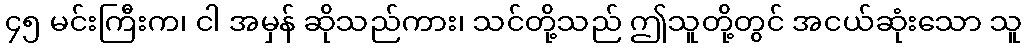
၄၅ မင်းကြီးက၊ ငါ အမှန် ဆိုသည်ကား၊ သင်တို့သည် ဤသူတို့တွင် အငယ်ဆုံးသော သူ